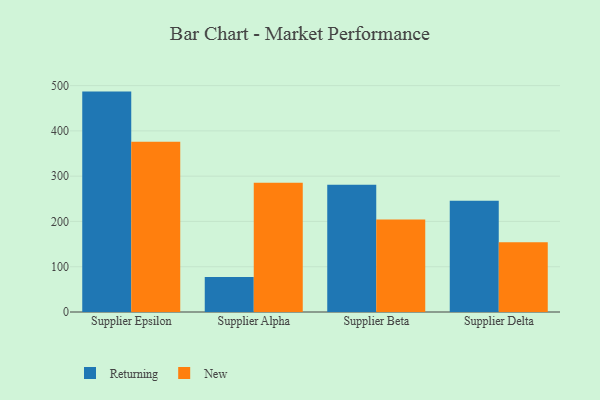
{"axis": {"x": "Supplier", "y": "Net Income (USD K)"}, "legend": ["New", "Returning"], "data": [{"x": "Supplier Epsilon", "y": 486.7, "type": "Returning"}, {"x": "Supplier Epsilon", "y": 375.8, "type": "New"}, {"x": "Supplier Alpha", "y": 77.4, "type": "Returning"}, {"x": "Supplier Alpha", "y": 285.6, "type": "New"}, {"x": "Supplier Beta", "y": 281.1, "type": "Returning"}, {"x": "Supplier Beta", "y": 204.0, "type": "New"}, {"x": "Supplier Delta", "y": 245.4, "type": "Returning"}, {"x": "Supplier Delta", "y": 153.9, "type": "New"}]}